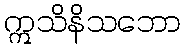
ဣသိနိသဘော